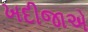
ખદીજાએ